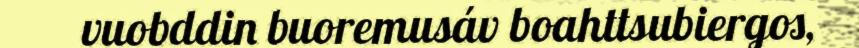
vuobddin buoremusáv boahttsubiergos,